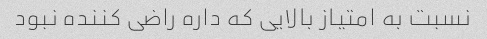
نسبت به امتیاز بالایی که داره راضی کننده نبود